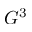
G ^ { 3 }